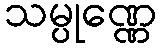
သမ္ပုဏ္ဏေ